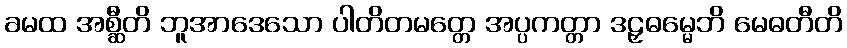
ခမထ အစ္ဆီတိ ဘူအာဒေသော ပါတိတမတ္တေ အပ္ပကတ္တာ ဒဠှဓမ္မေဘိ မေဓတီတိ